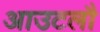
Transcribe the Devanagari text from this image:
आउटलौ